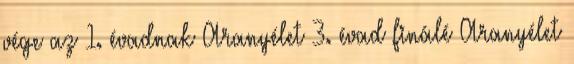
vége az 1. évadnak Aranyélet 3. évad finálé Aranyélet